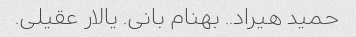
حمید هیراد.. بهنام بانی. یالار عقیلی.